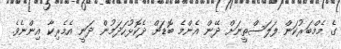
ގެ މެމްބަރުކަން ފަލަސްތީނަށް ދޭން އެންމެ ބޮޑަށް ދެކޮޅުހަދަމުން ދަނީ އެމެރިކާ އިންނެވެ.